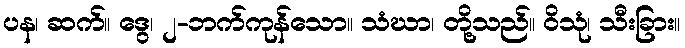
ပန၊ ဆက်။ ဒွေ၊ ၂-ဘက်ကုန်သော။ သံဃာ၊ တို့သည်။ ဝိသုံ၊ သီးခြား။